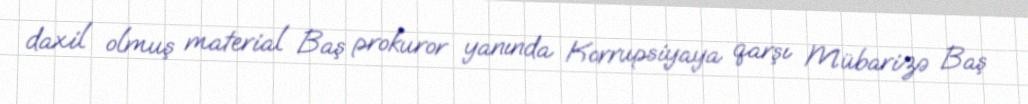
daxil olmuş material Baş prokuror yanında Korrupsiyaya qarşı Mübarizə Baş